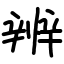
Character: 辨